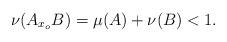
LaTeX: \begin{align*}\nu(A_{x_o}B) = \mu(A) + \nu(B) < 1.\end{align*}